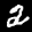
Label: 2